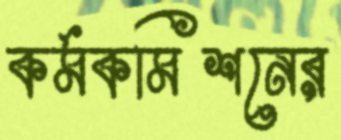
কর্মকমিশনের